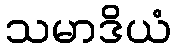
သမာဒိယံ